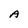
Character: A